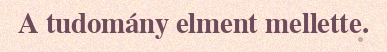
A tudomány elment mellette.